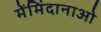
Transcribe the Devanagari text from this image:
मेंमिंदानाओ